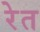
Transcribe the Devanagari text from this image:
रेेत